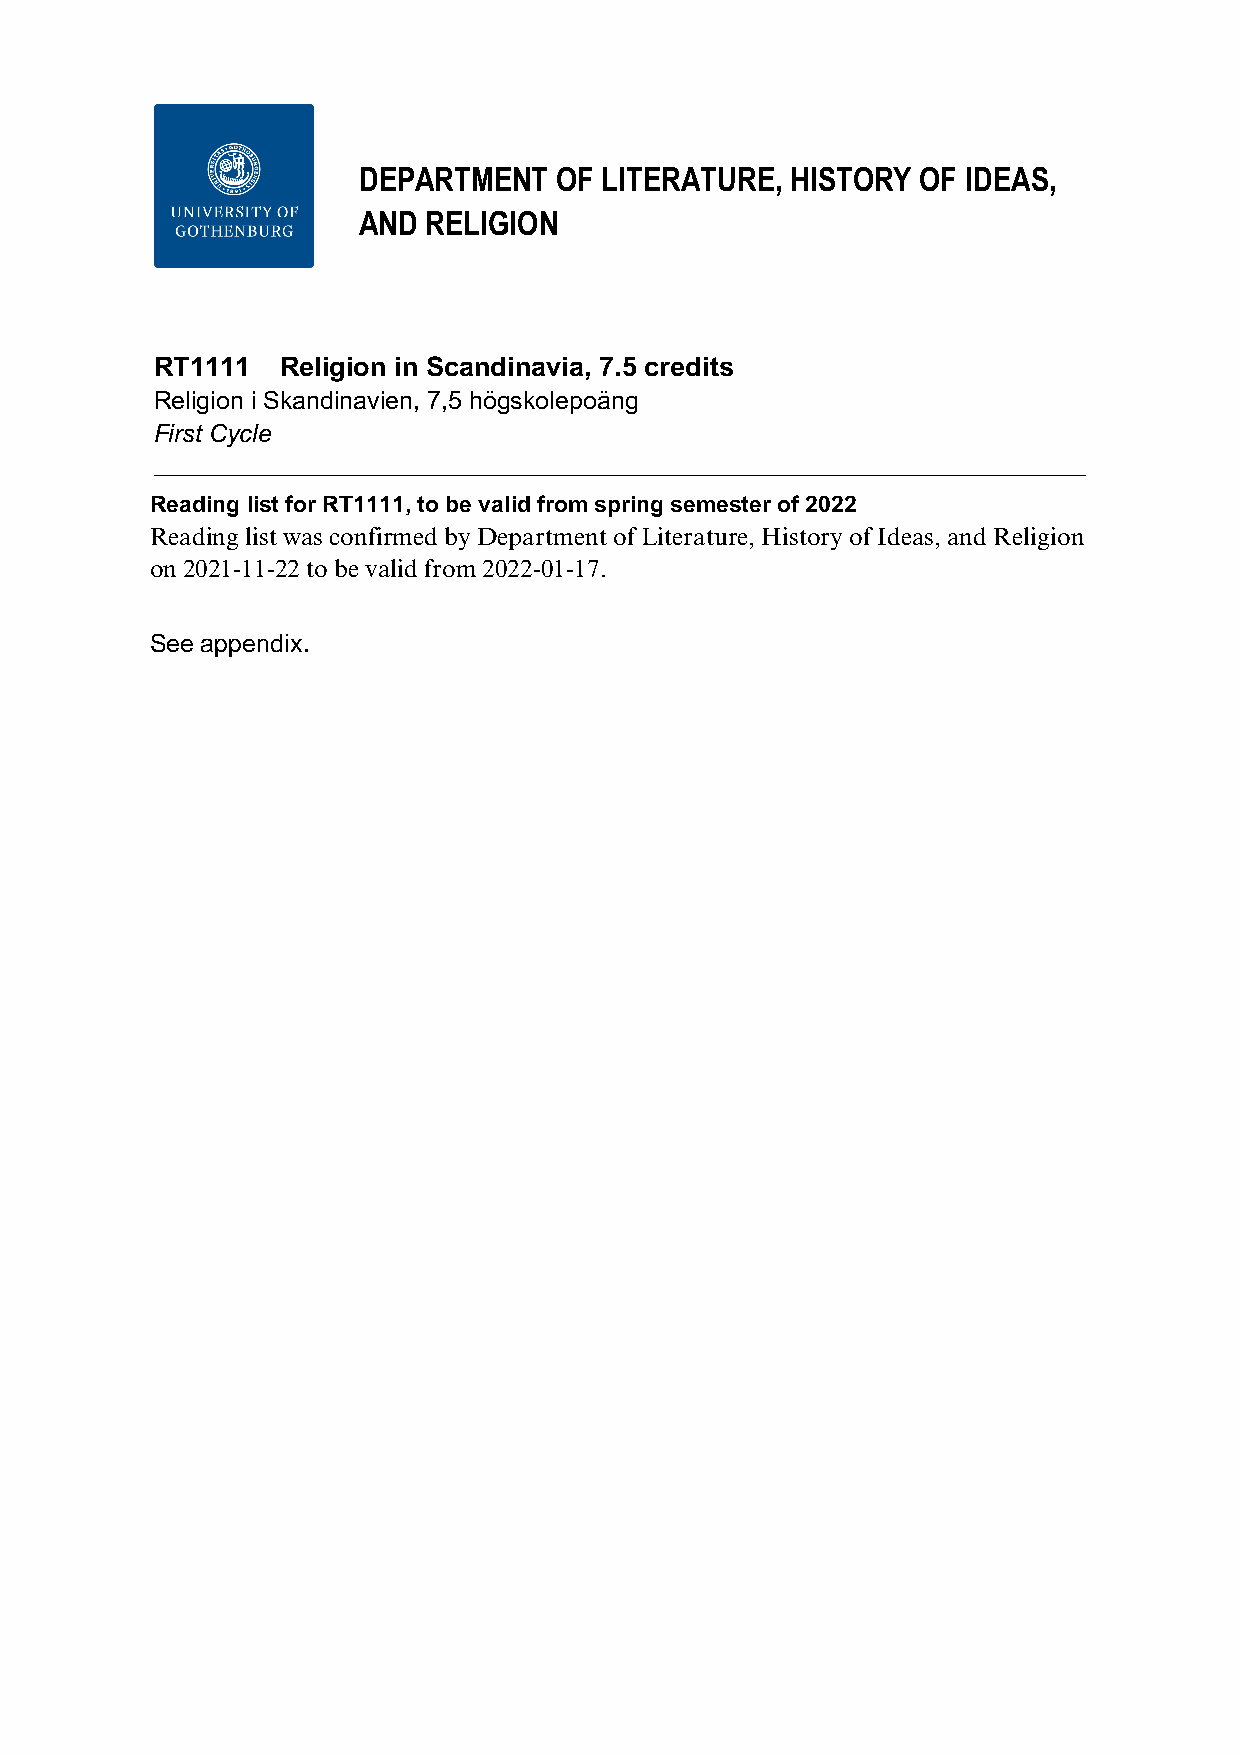
DEPARTMENT   OF LITERATURE, HISTORY  OF IDEAS,
 AND RELIGION
 RT1111   Religion in Scandinavia, 7.5 credits
 Religion i Skandinavien, 7,5 högskolepoäng
 First Cycle
 Reading list for RT1111, to be valid from spring semester of 2022
 Reading list was confirmed by Department of Literature, History of Ideas, and Religion
 on 2021-11-22 to be valid from 2022-01-17.
 See appendix.